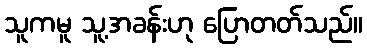
သူကမူ သူ့အခန်းဟု ပြောတတ်သည်။